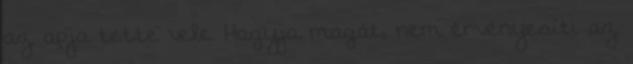
az apja tette vele. Hagyja magát, nem érvényesíti az